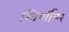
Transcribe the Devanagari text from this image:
खिर्णीवर